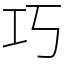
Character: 巧